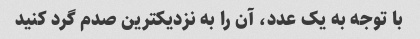
با توجه به یک عدد، آن را به نزدیکترین صدم گرد کنید